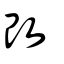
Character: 改